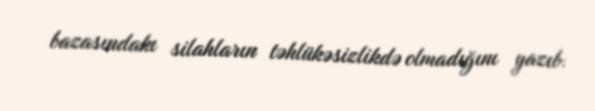
bazasındakı silahların təhlükəsizlikdə olmadığını yazıb.